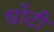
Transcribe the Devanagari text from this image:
घोंटी